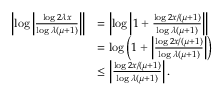
\begin{array} { r l } { \left| \log \left| \frac { \log { 2 \lambda x } } { \log { \lambda ( \mu + 1 ) } } \right| \right| } & { = \left| \log \left| 1 + \frac { \log { 2 x / ( \mu + 1 ) } } { \log { \lambda ( \mu + 1 ) } } \right| \right| } \\ & { = \log \left( 1 + \left| \frac { \log { 2 x / ( \mu + 1 ) } } { \log { \lambda ( \mu + 1 ) } } \right| \right) } \\ & { \le \left| \frac { \log { 2 x / ( \mu + 1 ) } } { \log { \lambda ( \mu + 1 ) } } \right| . } \end{array}